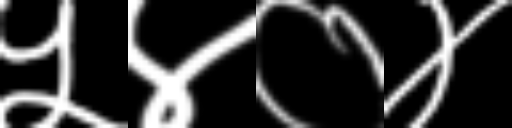
Text: ५४०४